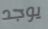
يوجد